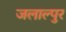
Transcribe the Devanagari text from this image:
जलाल्पुर